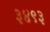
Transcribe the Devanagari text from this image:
३४९३